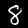
Digit: 8